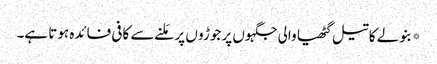
*بنولے کا تیل گٹھیا والی جگہوں پر جوڑو ں پر مَلنے سے کافی فائدہ ہوتا ہے۔